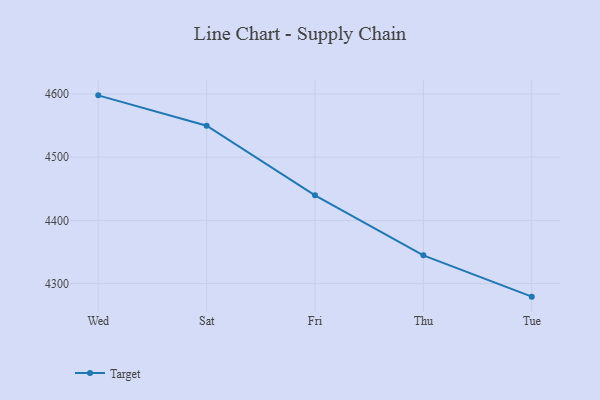
{"axis": {"x": "Day", "y": "Operating Costs (USD K)"}, "legend": ["Target"], "data": [{"x": "Wed", "y": 4597.7, "type": "Target"}, {"x": "Sat", "y": 4549.6, "type": "Target"}, {"x": "Fri", "y": 4439.6, "type": "Target"}, {"x": "Thu", "y": 4344.7, "type": "Target"}, {"x": "Tue", "y": 4279.4, "type": "Target"}]}